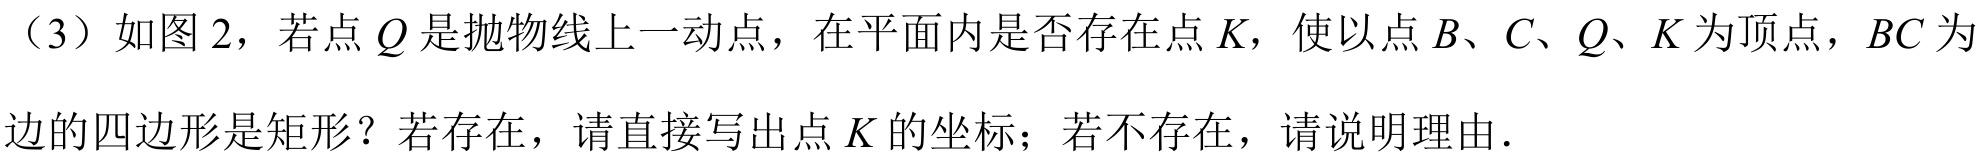
（3）如图 2，若点 \(Q\) 是抛物线上一动点，在平面内是否存在点 \(K\)，使以点 \(B\)、\(C\)、\(Q\)、\(K\) 为顶点，\(BC\) 为边的四边形是矩形？若存在，请直接写出点 \(K\) 的坐标；若不存在，请说明理由.